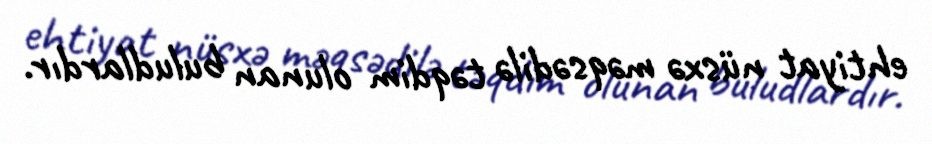
ehtiyat nüsxə məqsədilə təqdim olunan buludlardır.